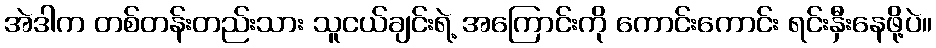
အဲဒါက တစ်တန်းတည်းသား သူငယ်ချင်းရဲ့ အကြောင်းကို ကောင်းကောင်း ရင်းနှီးနေဖို့ပဲ။